画像に写った文字を読んでください
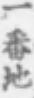
「一番地」と書いてあります